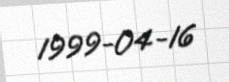
1999-04-16